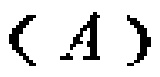
$(A)$